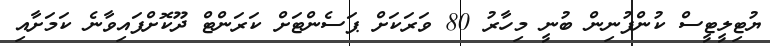
ޔުޓިލީޓީސް ކުންފުނިން ބުނީ މިހާރު 80 ވަރަކަށް ޕަސެންޓަށް ކަރަންޓް ދޫކޮށްފައިވާނެ ކަމަށާއި